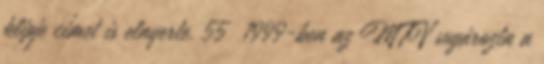
klipje címet is elnyerte. 55 1999-ben az MTV sugározta a